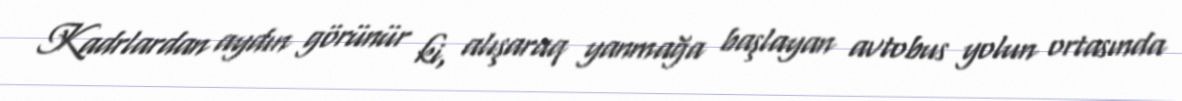
Kadrlardan aydın görünür ki, alışaraq yanmağa başlayan avtobus yolun ortasında